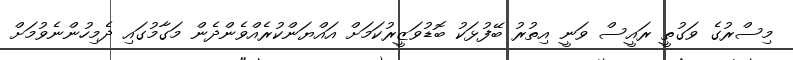
މިސްރުގެ ވަގުތީ ރައީސް ވަނީ އިތުރު ބޭފުޅަކު ބޮޑުވަޒީރުކަމަށް އައްޔަންކުރެއްވެންދެން މަގާމުގައި ދެމިހުންނެވުމަށް